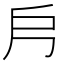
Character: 𭟿